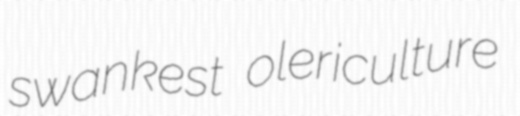
swankest olericulture